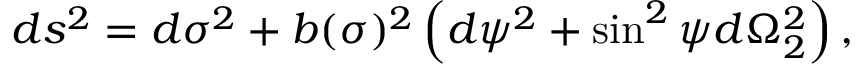
d s ^ { 2 } = d \sigma ^ { 2 } + b ( \sigma ) ^ { 2 } \left( d \psi ^ { 2 } + \sin ^ { 2 } \psi d \Omega _ { 2 } ^ { 2 } \right) ,